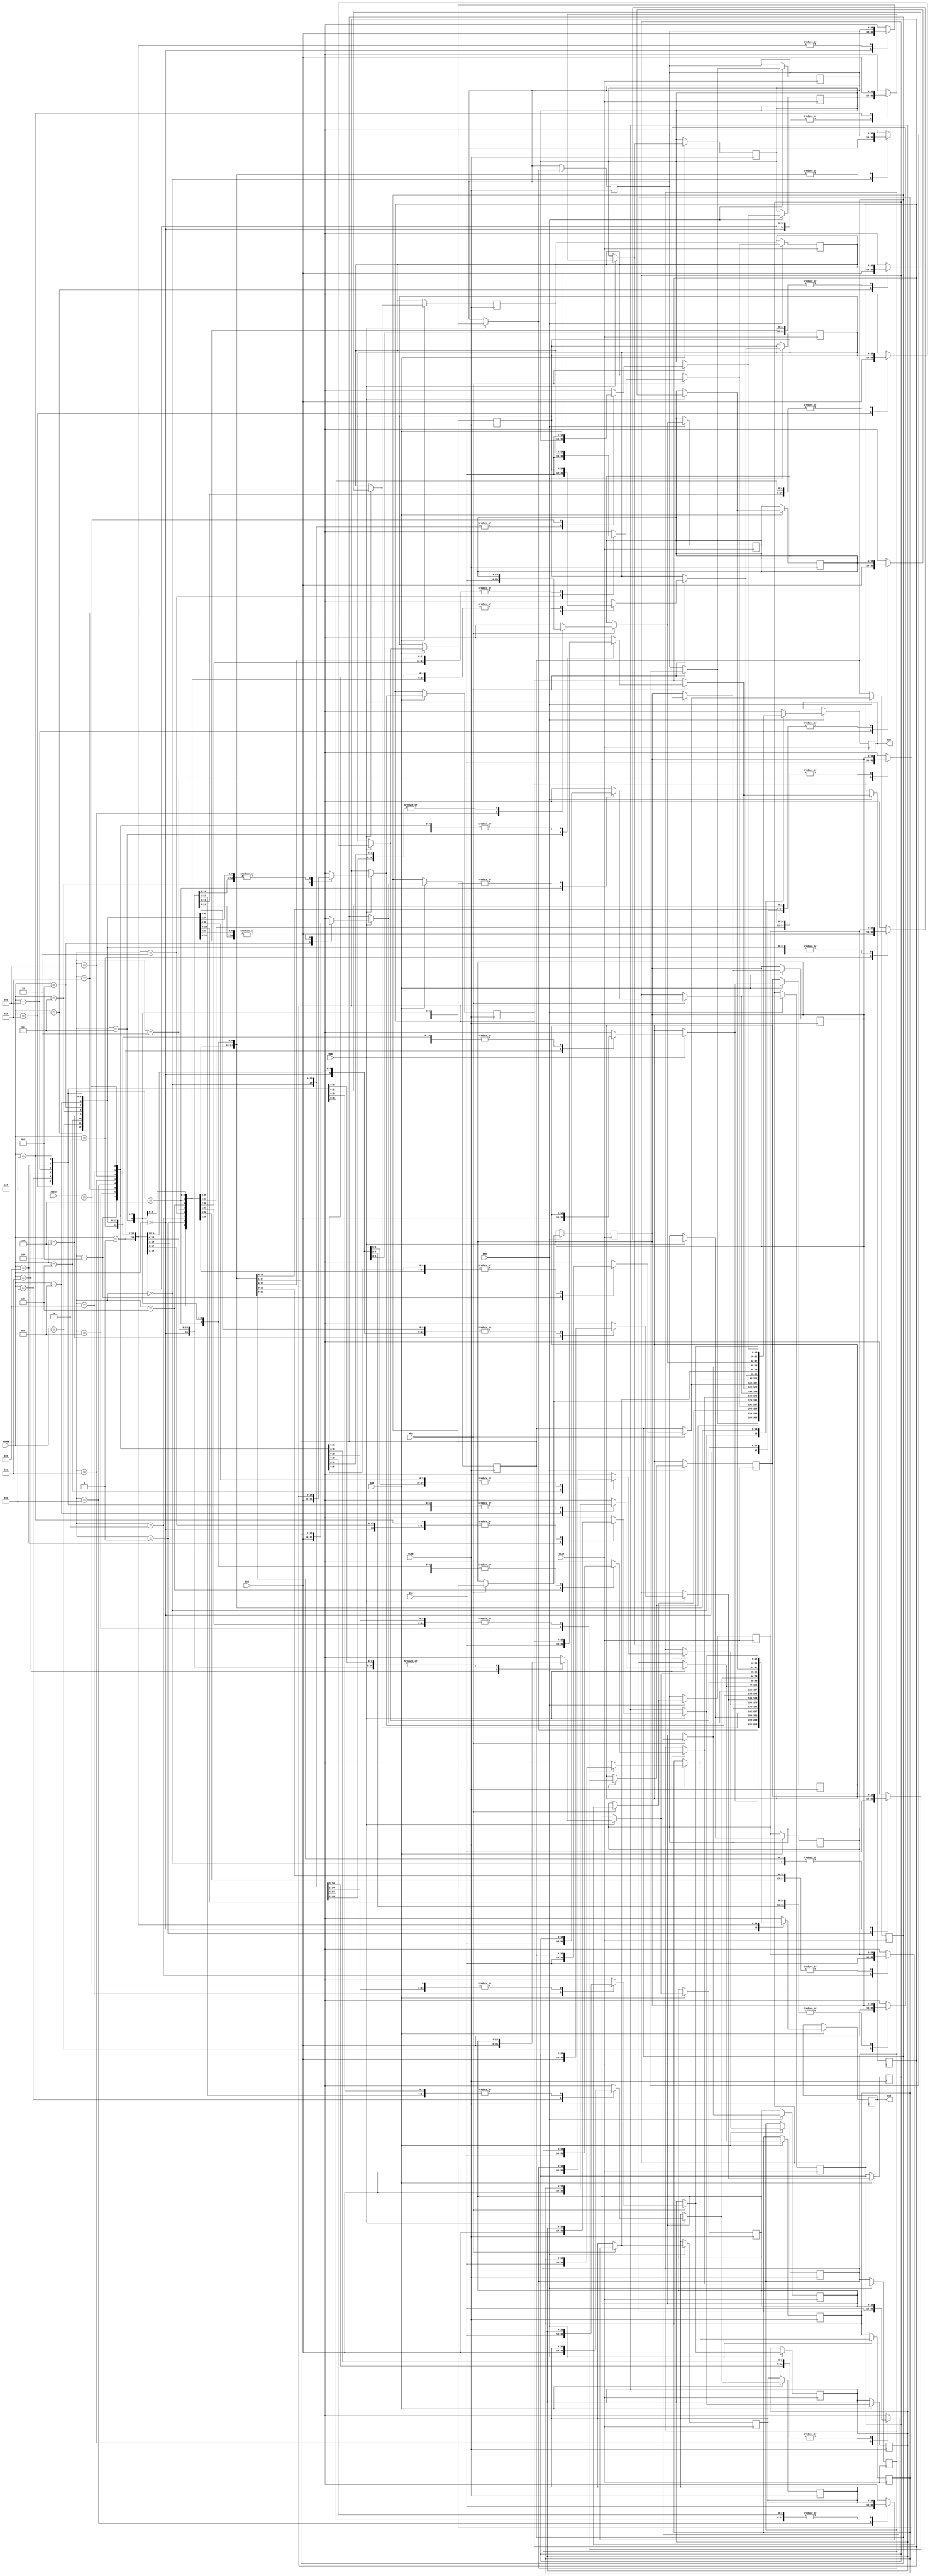
`timescale 1ns / 1ns
`define UD #1

module DPRAM # 
( 
	parameter   A_WIDTH     = 4,
    parameter   D_WIDTH     = 16
) 
(      
    CLKA,
    CLKB,
    ENA,
    ENB,
    WEA,
    WEB,
    ADDRA,
    ADDRB,
    DIA,
    DIB,
    DOA,
    DOB,
);

input                       CLKA;
input                       CLKB;
input                       ENA;
input                       ENB;
input                       WEA;
input                       WEB;
input   [A_WIDTH-1:0]       ADDRA;
input   [A_WIDTH-1:0]       ADDRB;
input   [D_WIDTH-1:0]       DIA;
input   [D_WIDTH-1:0]       DIB;
output  [D_WIDTH-1:0]       DOA;
output  [D_WIDTH-1:0]       DOB;

reg     [D_WIDTH-1:0]       DOA;
reg     [D_WIDTH-1:0]       DOB;


reg [D_WIDTH-1:0] RAM [0:2**A_WIDTH-1];//2A_WIDTH

//--------------------------------------------------------------------------------
//-- Schreiben/Lesen Port A
//--------------------------------------------------------------------------------
always @(posedge CLKA)
begin
    if (ENA == 1'b1) 
    begin
        if (WEA == 1'b1)
        begin
            RAM[ADDRA] = `UD DIA;
        end
        //else
        //begin
            //DOA <= `UD RAM[ADDRA];
        //end
        DOA = `UD RAM[ADDRA];
    end
end

//--------------------------------------------------------------------------------
//-- Schreiben/Lesen Port B
//--------------------------------------------------------------------------------
always @(posedge CLKB)
begin
    if (ENB == 1'b1) 
    begin
        if (WEB == 1'b1)
        begin
            RAM[ADDRB] = `UD DIB;
        end
        //else
        //begin
            //DOB <= `UD RAM[ADDRB];
        //end
        DOB = `UD RAM[ADDRB];
    end
end

endmodule
/*
always @(posedge CLOCK)
begin
    if (RESET == 1'b1) 
    begin
    end
    else
    begin
    end
end
*/